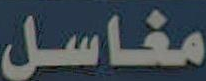
مغاسل